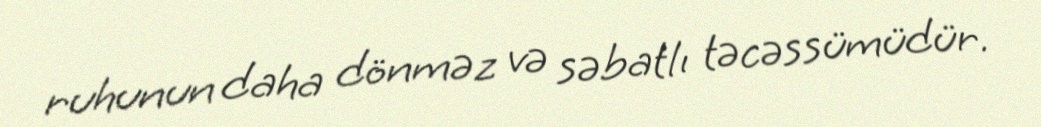
ruhunun daha dönməz və səbatlı təcəssümüdür.